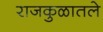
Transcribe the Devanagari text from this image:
राजकुळातले